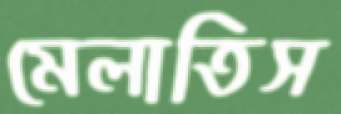
মেলাতিস